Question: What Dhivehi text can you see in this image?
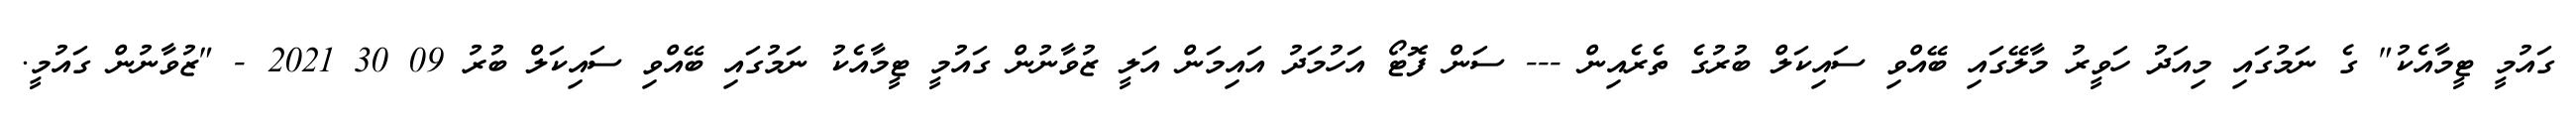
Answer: ގައުމީ ޓީމާއެކު" ގެ ނަމުގައި މިއަދު ހަވީރު މާލޭގައި ބޭއްވި ސައިކަލް ބުރުގެ ތެރެއިން --- ސަން ފޮޓޯ އަހުމަދު އައިމަން އަލީ ޒުވާނުން ގައުމީ ޓީމާއެކު ނަމުގައި ބޭއްވި ސައިކަލް ބުރު 09 30 2021 - "ޒުވާނުން ގައުމީ.